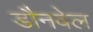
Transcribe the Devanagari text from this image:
डौनवेल